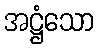
အဋ္ဌံသော